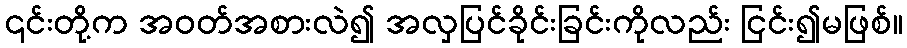
၎င်းတို့က အဝတ်အစားလဲ၍ အလှပြင်ခိုင်းခြင်းကိုလည်း ငြင်း၍မဖြစ်။